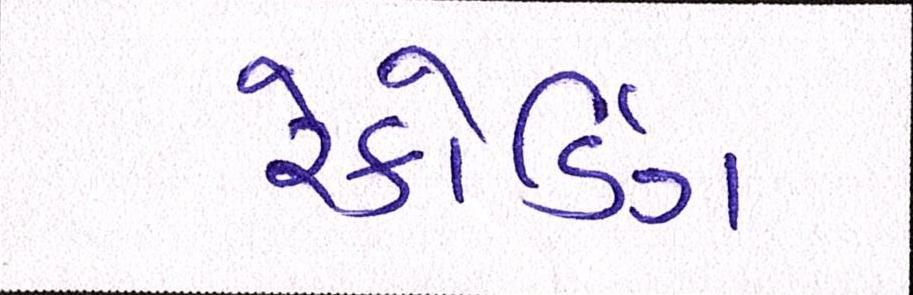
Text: રેકોર્ડિંગ